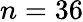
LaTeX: n=36